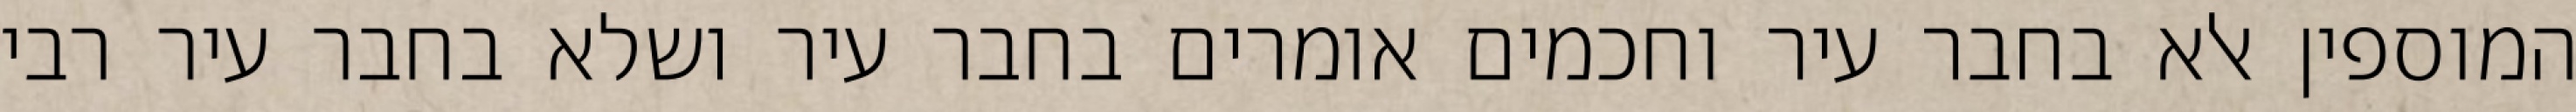
המוספין אלא בחבר עיר וחכמים אומרים בחבר עיר ושלא בחבר עיר רבי